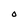
Character: O